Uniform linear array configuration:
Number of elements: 24
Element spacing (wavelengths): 0.75
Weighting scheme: hamming
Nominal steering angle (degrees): -15
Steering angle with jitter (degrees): -16.293
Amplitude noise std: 0.05
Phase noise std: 0.05

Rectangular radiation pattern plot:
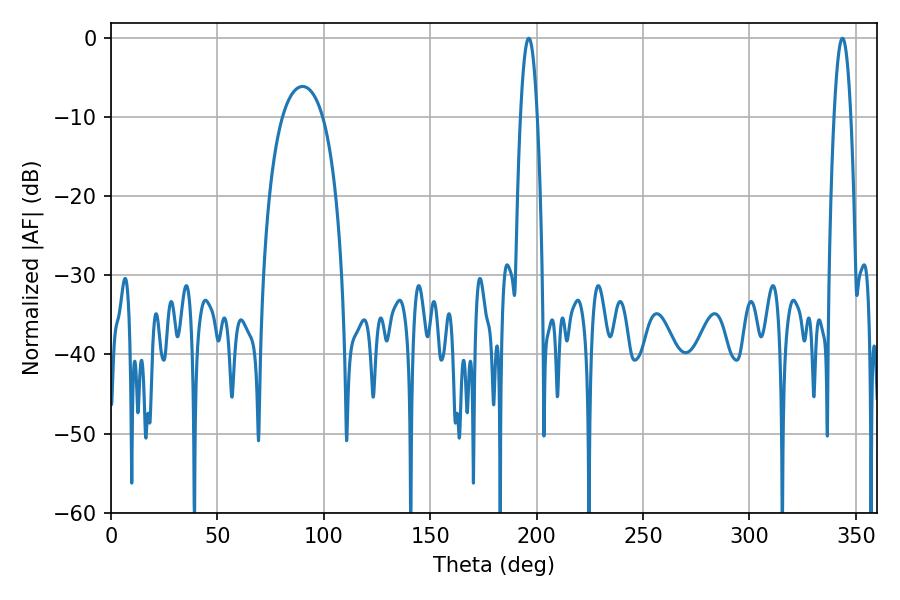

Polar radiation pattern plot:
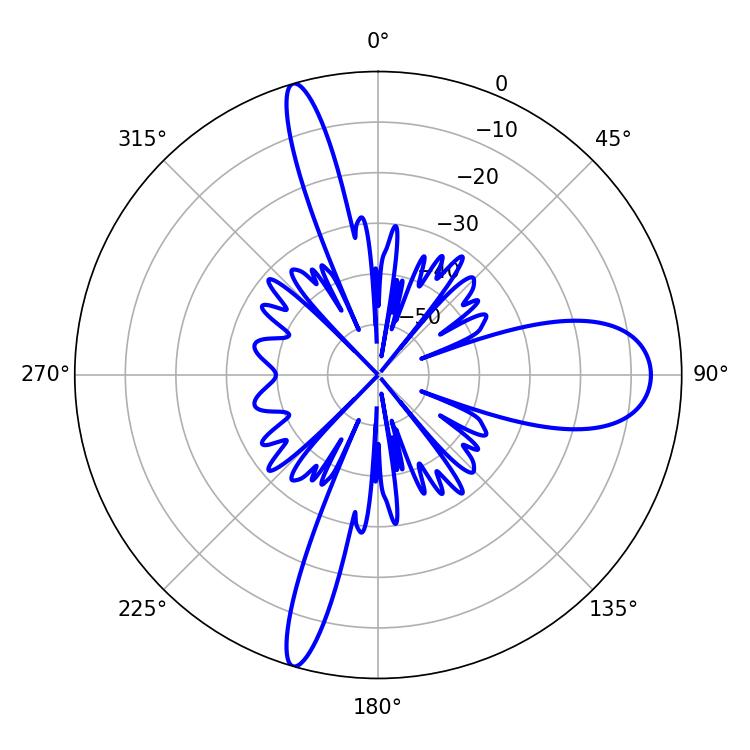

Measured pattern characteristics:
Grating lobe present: TRUE
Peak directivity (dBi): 18.715
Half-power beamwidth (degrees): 4.32
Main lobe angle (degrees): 196.38